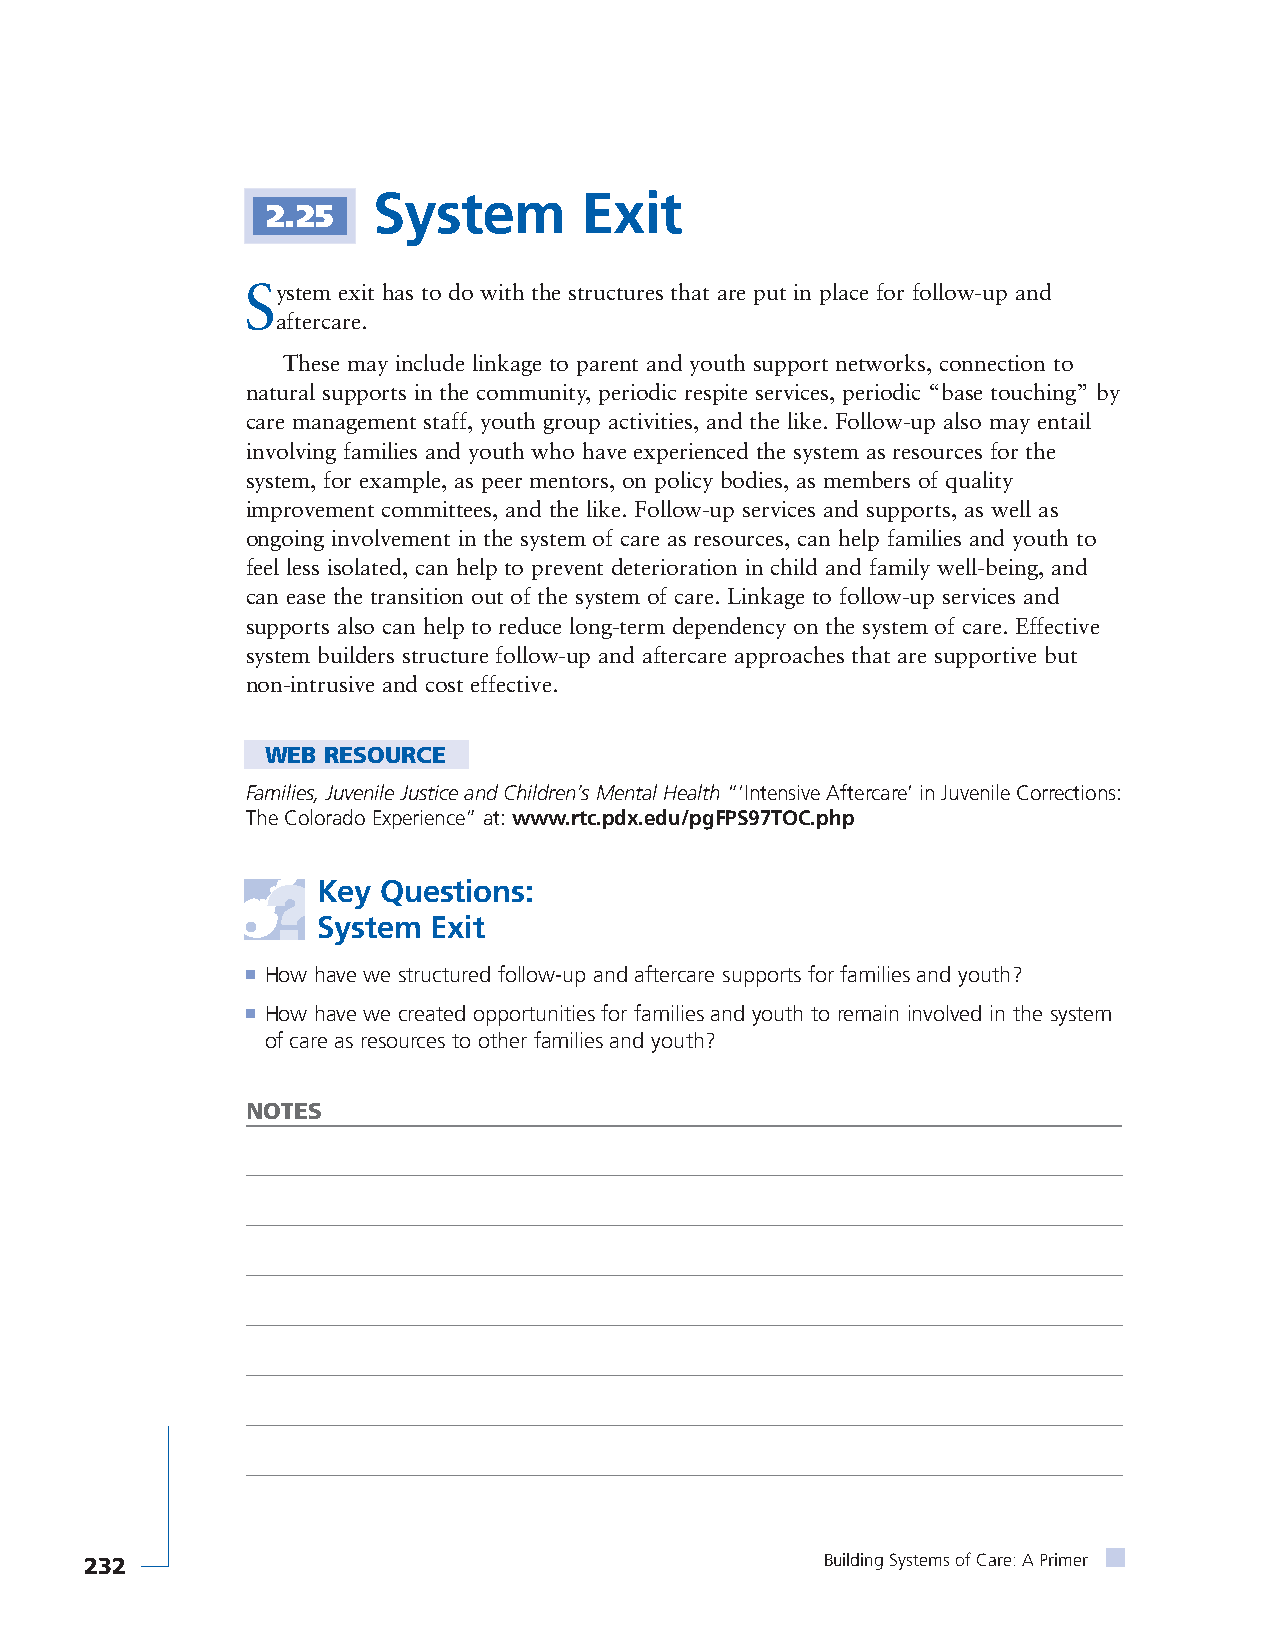
System        Exit
 2.25
 System exit has to do with the structures that are put in place for follow-up and
 aftercare.
 These may include linkage to parent and youth support networks, connection to
 natural supports in the community, periodic respite services, periodic “base touching” by
 care management staff, youth group activities, and the like. Follow-up also may entail
 involving families and youth who have experienced the system as resources for the
 system, for example, as peer mentors, on policy bodies, as members of quality
 improvement committees, and the like. Follow-up services and supports, as well as
 ongoing involvement in the system of care as resources, can help families and youth to
 feel less isolated, can help to prevent deterioration in child and family well-being, and
 can ease the transition out of the system of care. Linkage to follow-up services and
 supports also can help to reduce long-term dependency on the system of care. Effective
 system builders structure follow-up and aftercare approaches that are supportive but
 non-intrusive and cost effective.
 WEB RESOURCE
 Families, Juvenile Justice and Children’s Mental Health“‘Intensive Aftercare’ in Juvenile Corrections:
 The Colorado Experience” at: www.rtc.pdx.edu/pgFPS97TOC.php
 Key Questions:
 System Exit
 ■ How have we structured follow-up and aftercare supports for families and youth?
 ■ How have we created opportunities for families and youth to remain involved in the system
 of care as resources to other families and youth?
 NOTES
 232                                              Building Systems of Care: A Primer